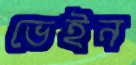
ভেইন